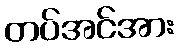
တပ်အင်အား